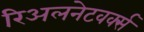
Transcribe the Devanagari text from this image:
रिअलनेटवर्क्स